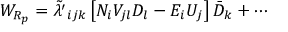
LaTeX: { \cal W } _ { R _ { p } } = \tilde { \lambda ^ { \prime } } _ { i j k } \left[ N _ { i } V _ { j l } D _ { l } - E _ { i } U _ { j } \right] \bar { D } _ { k } + \cdots ~